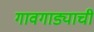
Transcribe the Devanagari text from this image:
गावगाड्याची